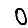
Digit: 0